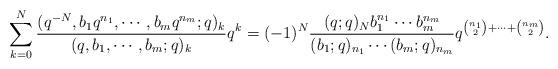
LaTeX: \begin{align*}\sum_{k=0}^N\frac{(q^{-N},b_1q^{n_1},\cdots,b_mq^{n_m};q)_k}{(q,b_1,\cdots,b_m;q)_k}q^k=(-1)^N\frac{(q;q)_Nb_1^{n_1}\cdots b_m^{n_m}}{(b_1;q)_{n_1}\cdots(b_m;q)_{n_m}}q^{\binom{n_1}{2}+\cdots+\binom{n_m}{2}}.\end{align*}